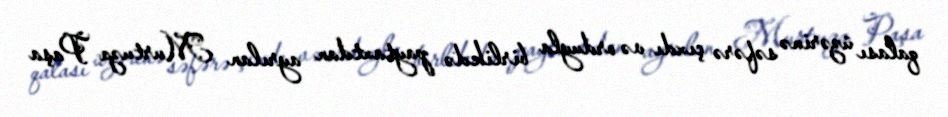
qalası üzərinə səfərə çıxdı və orduyla birlikdə paytaxtdan ayrılan Murtuza Paşa